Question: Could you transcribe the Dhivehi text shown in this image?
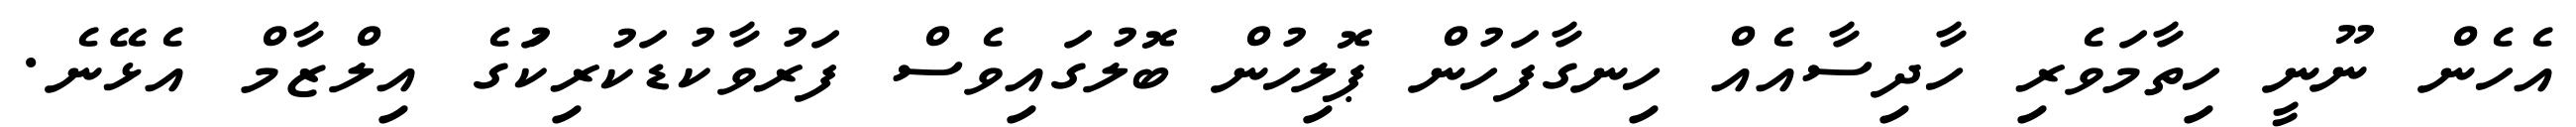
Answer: އެހެން ނޫނީ ހިތާމަވެރި ހާދިސާއެއް ހިނގާފަހުން ޕޮލިހުން ބޮލުގައިވެސް ފަރުވާކުޑަކުރިކަުގެ އިލްޒާމް އެޅޭނެ.